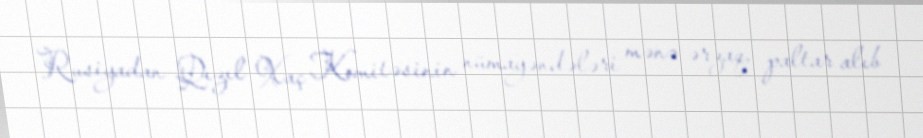
Rusiyadan Qızıl Xaç Komitəsinin nümayəndələri mənə ərzaq, paltar alıb